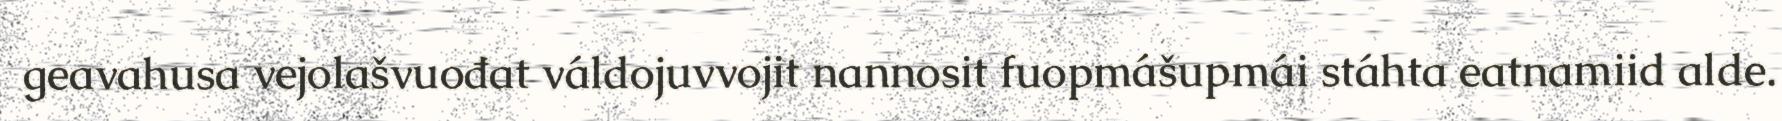
geavahusa vejolašvuođat váldojuvvojit nannosit fuopmášupmái stáhta eatnamiid alde.